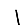
Digit: 1